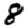
Digit: 8